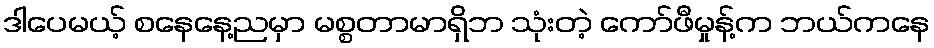
ဒါပေမယ့် စနေနေ့ညမှာ မစ္စတာမာရှိဘ သုံးတဲ့ ကော်ဖီမှုန့်က ဘယ်ကနေ